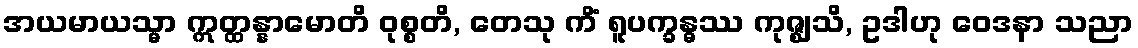
အယမာယသ္မာ ဣတ္ထန္နာမောတိ ဝုစ္စတိ, တေသု ကိံ ရူပက္ခန္ဓဿ ကုဇ္ဈသိ, ဥဒါဟု ဝေဒနာ သညာ